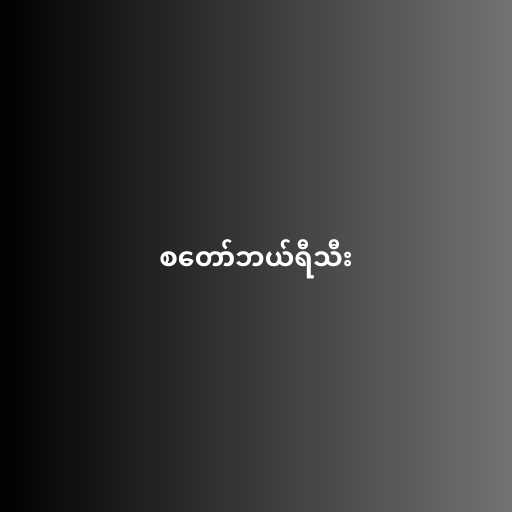
စတော်ဘယ်ရီသီး